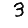
Digit: 3